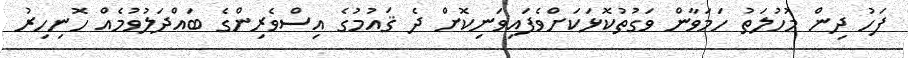
ފަހު ދިން މުހުލަތު ހަމަވާން ވަގުތުކޮޅަކަށްވެފައިވަނިކޮށް ދެ ޤައުމުގެ އިސްވެރިންގެ ބައްދަލުވުމެއް ހޮނިހިރު